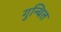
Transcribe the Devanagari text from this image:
गुन्थित